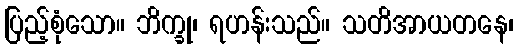
ပြည့်စုံသော။ ဘိက္ခု၊ ရဟန်းသည်။ သတိအာယတနေ၊